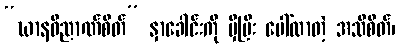
“ဃာနဝိညာဏ်စိတ်” နှာခေါင်းကို မှီပြီး ပေါ်လာတဲ့ အသိစိတ်၊